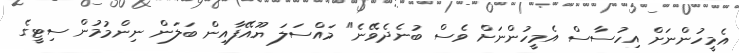
އެމީހުންނަށް އިހުސާސް އެމީހުންނަށް ވެސް ބުނެދެވޭނެ" މައްސަލަ ޔޫއޭފާއިން ބަލަން ނިންމުމުން ސިޓީގެ